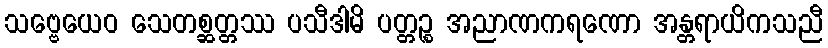
သဗ္ဗေယေဝ သေတစ္ဆတ္တဿ ပသီဒါမိ ပတ္တဉ္စ အညာဏကရဏော အန္တရာယိကသညီ